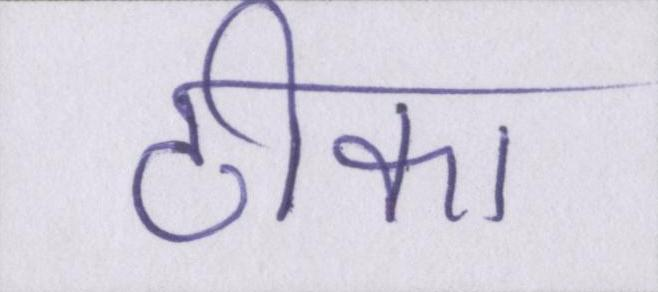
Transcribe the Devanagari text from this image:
ठीका